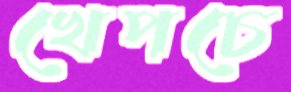
খেপচে